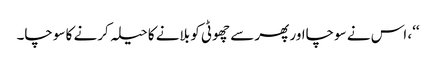
‘‘، اس نے سوچااور پھر سے چھوٹی کو بلانے کا حیلہ کرنے کا سوچا۔